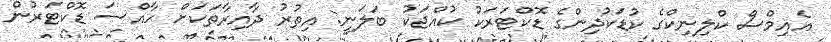
އެއިމްސް ކްލިނިކްގެ ކުޑަކުދިންގެ ޑޮކްޓަރަކު ކުއްޖަކު ބަލަނީ: އިތުރު ދާއިރާތަކަށް ހާއްސަ ޑޮކްޓަރުން